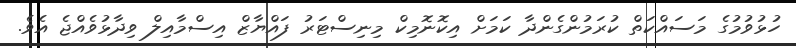
ހުޅުވުމުގެ މަސައްކަތް ކުރަމުންގެންދާ ކަމަށް އިކޮނޮމިކް މިނިސްޓަރު ފައްޔާޒް އިސްމާއިލް ވިދާޅުވެއްޖެ އެވެ.